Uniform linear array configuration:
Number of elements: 48
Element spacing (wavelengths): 1
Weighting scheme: uniform
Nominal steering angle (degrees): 30
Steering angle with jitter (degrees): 30.062
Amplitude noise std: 0.05
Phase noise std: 0.05

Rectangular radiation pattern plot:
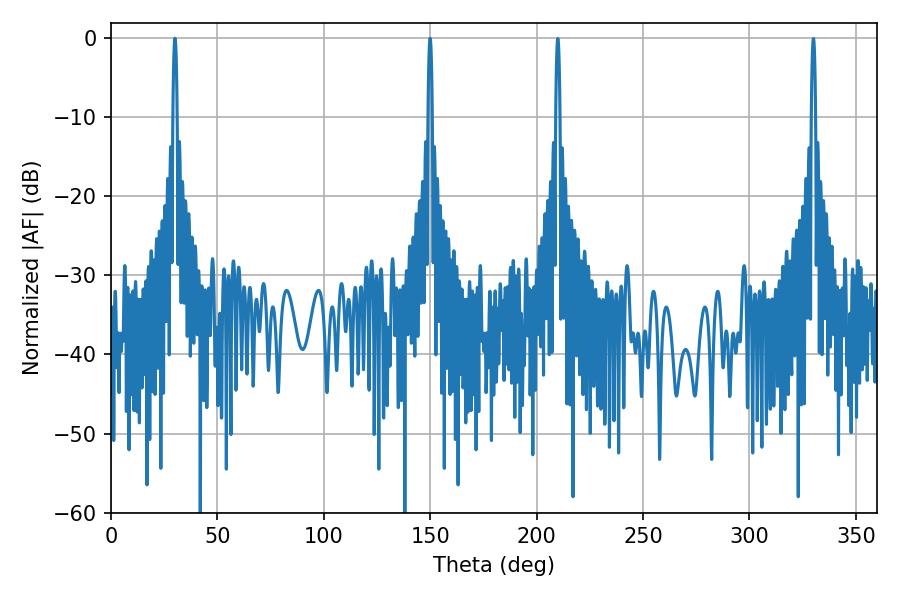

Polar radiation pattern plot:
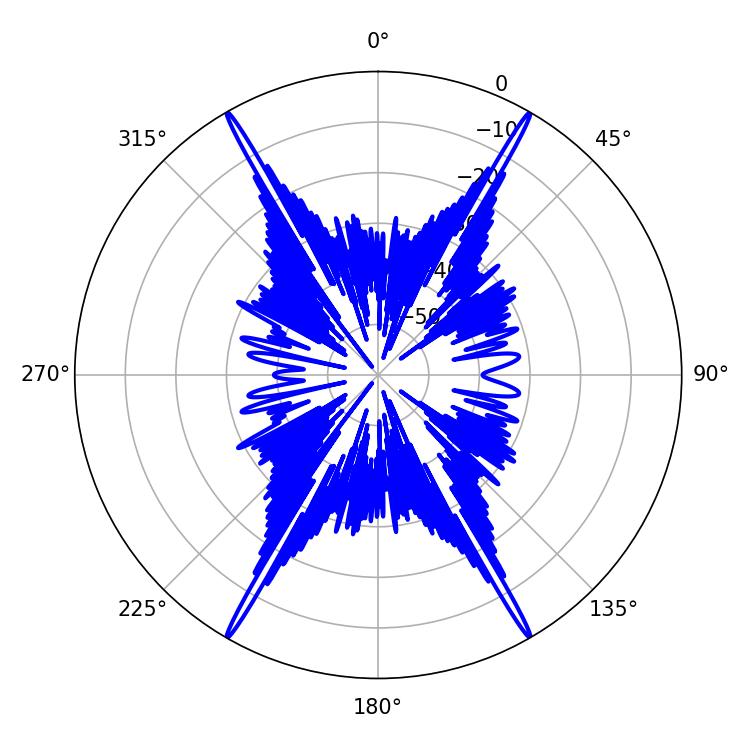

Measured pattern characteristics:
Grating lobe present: TRUE
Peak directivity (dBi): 38.546
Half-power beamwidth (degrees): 1.08
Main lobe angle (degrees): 30.06